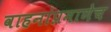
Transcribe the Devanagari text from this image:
वाहनांप्रमाणेच